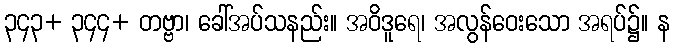
၃၄၃+ ၃၄၄+ တဗ္ဗာ၊ ခေါ်အပ်သနည်း။ အဝိဒူရေ၊ အလွန်ဝေးသော အရပ်၌။ န